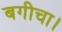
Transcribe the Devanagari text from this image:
बगीचा।